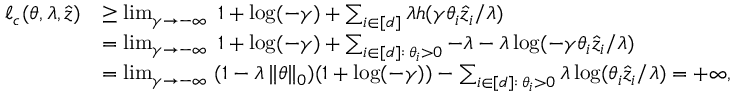
\begin{array} { r l } { \ell _ { c } ( \theta , \lambda , \widehat z ) } & { \geq \operatorname* { l i m } _ { \gamma \to - \infty } ~ 1 + \log ( - \gamma ) + \sum _ { i \in [ d ] } \lambda h ( \gamma \theta _ { i } \widehat z _ { i } / \lambda ) } \\ & { = \operatorname* { l i m } _ { \gamma \to - \infty } ~ 1 + \log ( - \gamma ) + \sum _ { i \in [ d ] : \, \theta _ { i } > 0 } - \lambda - \lambda \log ( - \gamma \theta _ { i } \widehat z _ { i } / \lambda ) } \\ & { = \operatorname* { l i m } _ { \gamma \to - \infty } ~ ( 1 - \lambda \, \| \theta \| _ { 0 } ) ( 1 + \log ( - \gamma ) ) - \sum _ { i \in [ d ] : \, \theta _ { i } > 0 } \lambda \log ( \theta _ { i } \widehat z _ { i } / \lambda ) = + \infty , } \end{array}